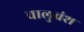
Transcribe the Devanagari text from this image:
चालुवंश